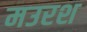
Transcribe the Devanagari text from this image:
मउरश